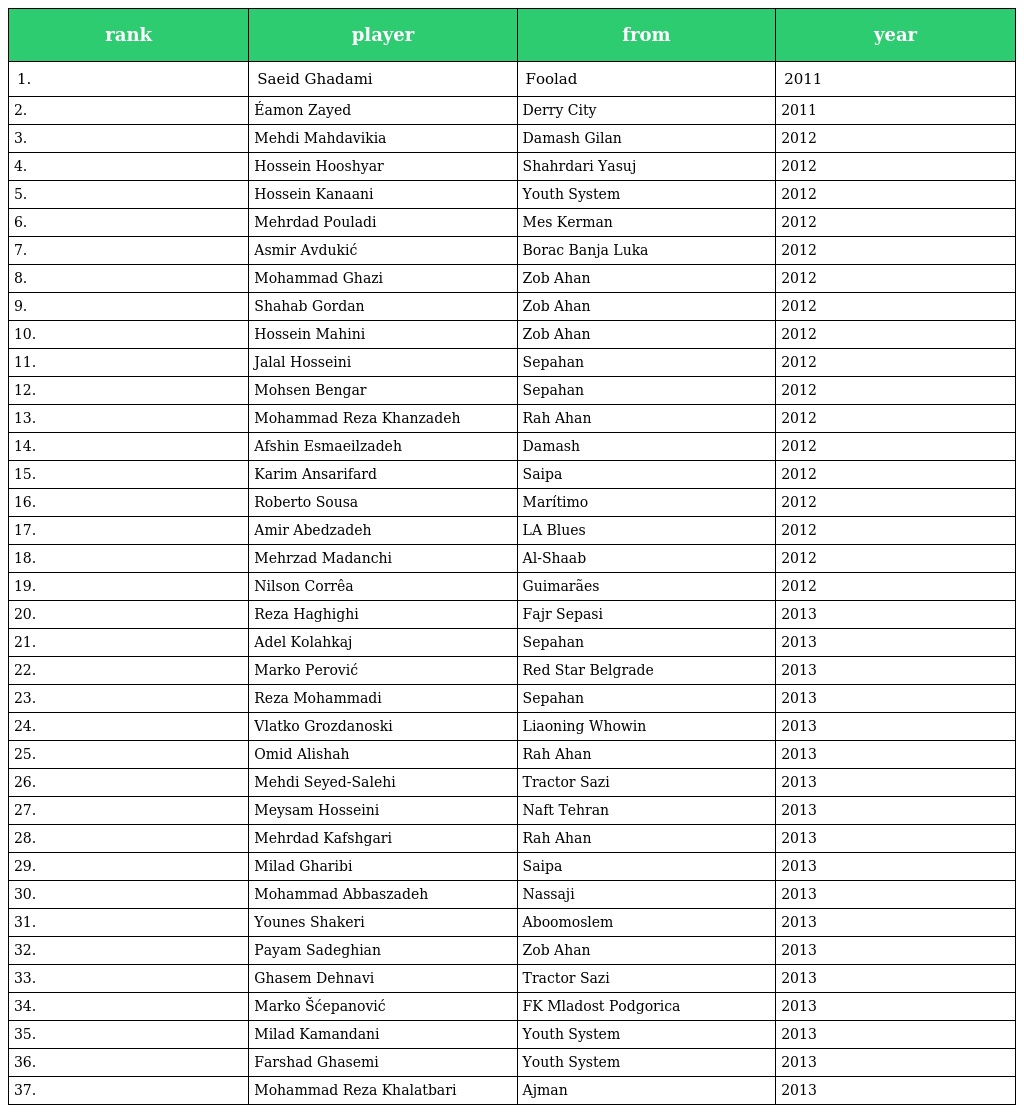
| rank | player | from | year |
 | --- | --- | --- | --- |
 | 1. | Saeid Ghadami | Foolad | 2011 |
 | 2. | Éamon Zayed | Derry City | 2011 |
 | 3. | Mehdi Mahdavikia | Damash Gilan | 2012 |
 | 4. | Hossein Hooshyar | Shahrdari Yasuj | 2012 |
 | 5. | Hossein Kanaani | Youth System | 2012 |
 | 6. | Mehrdad Pouladi | Mes Kerman | 2012 |
 | 7. | Asmir Avdukić | Borac Banja Luka | 2012 |
 | 8. | Mohammad Ghazi | Zob Ahan | 2012 |
 | 9. | Shahab Gordan | Zob Ahan | 2012 |
 | 10. | Hossein Mahini | Zob Ahan | 2012 |
 | 11. | Jalal Hosseini | Sepahan | 2012 |
 | 12. | Mohsen Bengar | Sepahan | 2012 |
 | 13. | Mohammad Reza Khanzadeh | Rah Ahan | 2012 |
 | 14. | Afshin Esmaeilzadeh | Damash | 2012 |
 | 15. | Karim Ansarifard | Saipa | 2012 |
 | 16. | Roberto Sousa | Marítimo | 2012 |
 | 17. | Amir Abedzadeh | LA Blues | 2012 |
 | 18. | Mehrzad Madanchi | Al-Shaab | 2012 |
 | 19. | Nilson Corrêa | Guimarães | 2012 |
 | 20. | Reza Haghighi | Fajr Sepasi | 2013 |
 | 21. | Adel Kolahkaj | Sepahan | 2013 |
 | 22. | Marko Perović | Red Star Belgrade | 2013 |
 | 23. | Reza Mohammadi | Sepahan | 2013 |
 | 24. | Vlatko Grozdanoski | Liaoning Whowin | 2013 |
 | 25. | Omid Alishah | Rah Ahan | 2013 |
 | 26. | Mehdi Seyed-Salehi | Tractor Sazi | 2013 |
 | 27. | Meysam Hosseini | Naft Tehran | 2013 |
 | 28. | Mehrdad Kafshgari | Rah Ahan | 2013 |
 | 29. | Milad Gharibi | Saipa | 2013 |
 | 30. | Mohammad Abbaszadeh | Nassaji | 2013 |
 | 31. | Younes Shakeri | Aboomoslem | 2013 |
 | 32. | Payam Sadeghian | Zob Ahan | 2013 |
 | 33. | Ghasem Dehnavi | Tractor Sazi | 2013 |
 | 34. | Marko Šćepanović | FK Mladost Podgorica | 2013 |
 | 35. | Milad Kamandani | Youth System | 2013 |
 | 36. | Farshad Ghasemi | Youth System | 2013 |
 | 37. | Mohammad Reza Khalatbari | Ajman | 2013 |